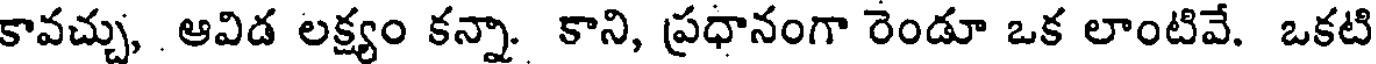
కావచ్చు, ఆవిడ లక్ష్యం కన్నా. కాని, ప్రధానంగా రెండూ ఒక లాంటివే. ఒకటి